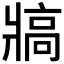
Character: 𰠖